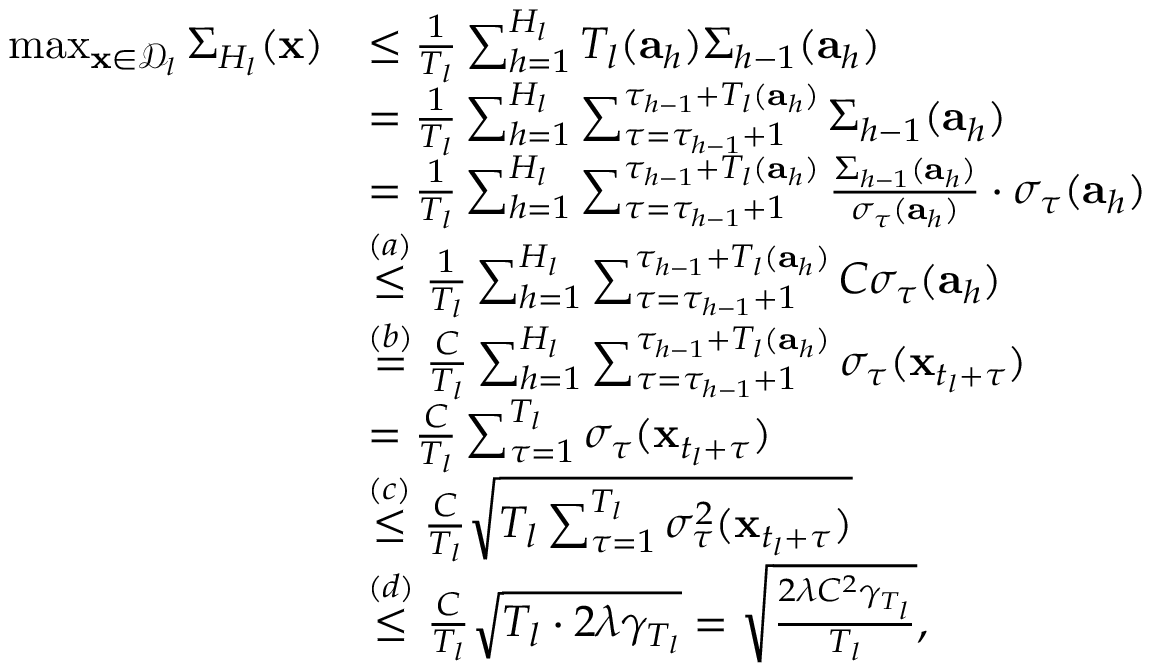
\begin{array} { r l } { \operatorname* { m a x } _ { \mathbf { x } \in \mathcal { D } _ { l } } \Sigma _ { H _ { l } } ( \mathbf { x } ) } & { \leq \frac { 1 } { T _ { l } } \sum _ { h = 1 } ^ { H _ { l } } T _ { l } ( \mathbf { a } _ { h } ) \Sigma _ { h - 1 } ( \mathbf { a } _ { h } ) } \\ & { = \frac { 1 } { T _ { l } } \sum _ { h = 1 } ^ { H _ { l } } \sum _ { \tau = \tau _ { h - 1 } + 1 } ^ { \tau _ { h - 1 } + T _ { l } ( \mathbf { a } _ { h } ) } \Sigma _ { h - 1 } ( \mathbf { a } _ { h } ) } \\ & { = \frac { 1 } { T _ { l } } \sum _ { h = 1 } ^ { H _ { l } } \sum _ { \tau = \tau _ { h - 1 } + 1 } ^ { \tau _ { h - 1 } + T _ { l } ( \mathbf { a } _ { h } ) } \frac { \Sigma _ { h - 1 } ( \mathbf { a } _ { h } ) } { \sigma _ { \tau } ( \mathbf { a } _ { h } ) } \cdot \sigma _ { \tau } ( \mathbf { a } _ { h } ) } \\ & { \overset { ( a ) } { \leq } \frac { 1 } { T _ { l } } \sum _ { h = 1 } ^ { H _ { l } } \sum _ { \tau = \tau _ { h - 1 } + 1 } ^ { \tau _ { h - 1 } + T _ { l } ( \mathbf { a } _ { h } ) } C \sigma _ { \tau } ( \mathbf { a } _ { h } ) } \\ & { \overset { ( b ) } { = } \frac { C } { T _ { l } } \sum _ { h = 1 } ^ { H _ { l } } \sum _ { \tau = \tau _ { h - 1 } + 1 } ^ { \tau _ { h - 1 } + T _ { l } ( \mathbf { a } _ { h } ) } \sigma _ { \tau } ( \mathbf { x } _ { t _ { l } + \tau } ) } \\ & { = \frac { C } { T _ { l } } \sum _ { \tau = 1 } ^ { T _ { l } } \sigma _ { \tau } ( \mathbf { x } _ { t _ { l } + \tau } ) } \\ & { \overset { ( c ) } { \leq } \frac { C } { T _ { l } } \sqrt { T _ { l } \sum _ { \tau = 1 } ^ { T _ { l } } \sigma _ { \tau } ^ { 2 } ( \mathbf { x } _ { t _ { l } + \tau } ) } } \\ & { \overset { ( d ) } { \leq } \frac { C } { T _ { l } } \sqrt { T _ { l } \cdot 2 \lambda \gamma _ { T _ { l } } } = \sqrt { \frac { 2 \lambda C ^ { 2 } \gamma _ { T _ { l } } } { T _ { l } } } , } \end{array}